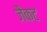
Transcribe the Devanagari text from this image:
जैकट